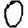
Digit: 0